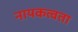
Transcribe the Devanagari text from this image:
नायकत्वता